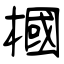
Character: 槶